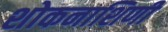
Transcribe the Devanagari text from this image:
शोकनाशिणी